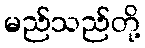
မည်သည်တို့